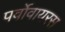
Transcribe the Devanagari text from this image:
पर्वोवायरस